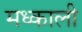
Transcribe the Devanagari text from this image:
मध्काली